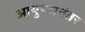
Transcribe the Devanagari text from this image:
आयुष्यानंतर